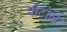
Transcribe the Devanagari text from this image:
पोटोल